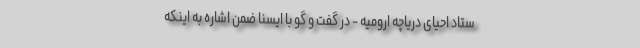
ستاد احیای دریاچه ارومیه - در گفت و گو با ایسنا ضمن اشاره به اینکه